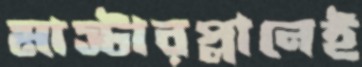
মাস্টারপ্লানেই